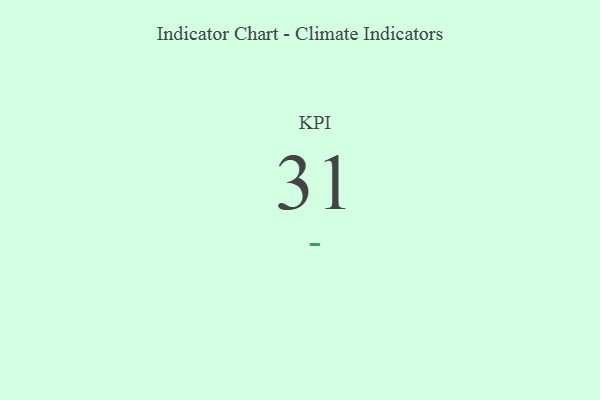
{"axis": {"x": "KPI", "y": "Value"}, "legend": [""], "data": [{"x": "KPI", "y": 31, "type": ""}]}